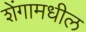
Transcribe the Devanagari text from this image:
शेंगामधील